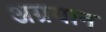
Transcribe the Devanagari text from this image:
अग्रयान